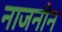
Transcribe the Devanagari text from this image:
नाजनीन